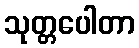
သုတ္တပေါတာ